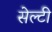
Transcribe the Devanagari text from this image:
सेल्टी